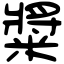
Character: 䊢